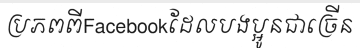
ប្រភពពីFacebookដែលបងប្អូនជាច្រើន